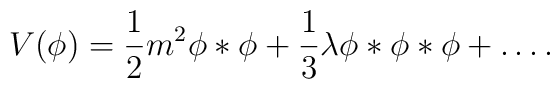
V (\phi) = \frac{1}{2} m^2 \phi * \phi + \frac{1}{3} \lambda \phi * \phi * \phi+ \ldots.